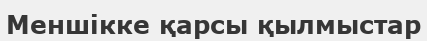
Меншікке қарсы қылмыстар